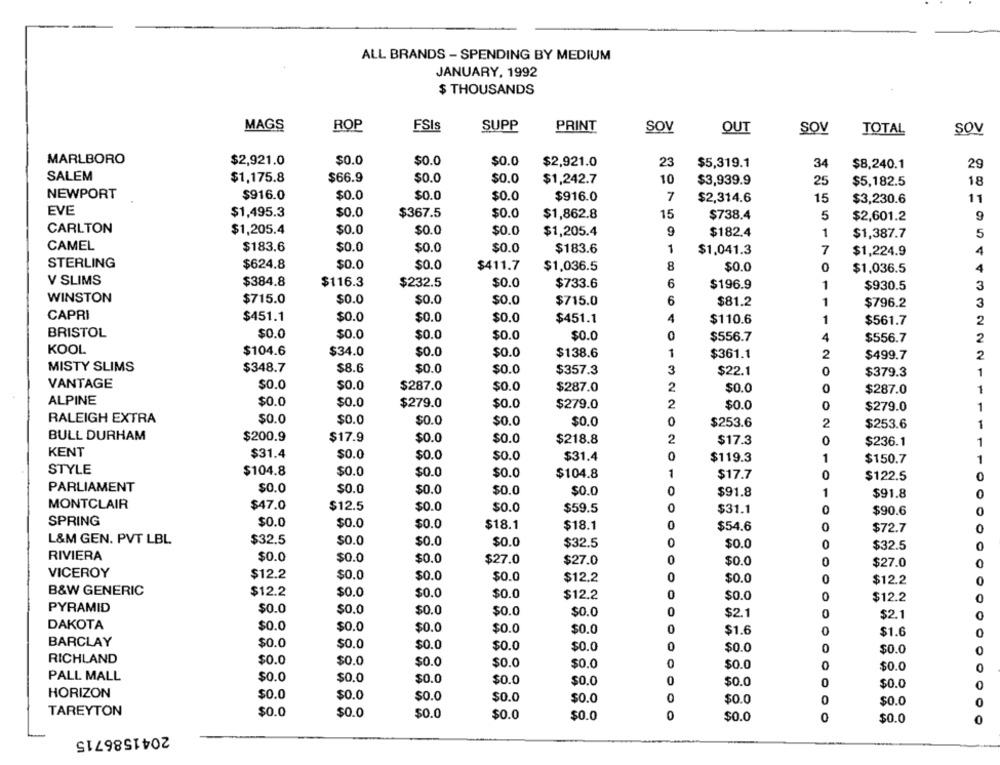
ALL BRANDS - SPENDING BY MEDIUM
JANUARY, 1992
$ THOUSANDS
MAGS
ROP
FSIs
SUPP
PRINT
SOV
OUT
SOV
TOTAL
SOV
MARLBORO
$0.0
$0.0
$2,921.0
$0.0
$2,921.0
23
$5,319.1
34
$8,240.1
29
SALEM
$1,175.8
$66.9
$0.0
$0.0
$1,242.7
10
$3,939.9
25
$5,182.5
18
NEWPORT
$916.0
$0.0
$0.0
$0.0
$916.0
7
$2,314.6
15
$3,230.6
11
EVE
$1,495.3
$0.0
$367.5
$0.0
15
$738.4
5
$1,862.8
$2,601.2
CARLTON
$1,205.4
$0.0
$0.0
$0.0
$1,205.4
9
$182.4
1
$1,387.7
5
CAMEL
$183.6
$0.0
$0.0
$0.0
$183.6
1
$1.041.3
7
$1,224.9
4
STERLING
$624.8
$0.0
$0.0
$411.7
$1,036.5
8
$0.0
0
$1,036.5
4
V SLIMS
$384.8
$116.3
$232.5
$0.0
6
$196.9
$733.6
1
$930.5
3
WINSTON
$715.0
$0.0
$0.0
$0.0
$715.0
6
$81.2
1
$796.2
3
CAPRI
$451.1
$0.0
$0.0
$0.0
$451.1
4
$110.6
1
$561.7
2
BRISTOL
$0.0
$0.0
$0.0
$0.0
$0.0
$556.7
4
$556.7
2
KOOL
$104.6
$34.0
$0.0
$0.0
$138.6
1
$361.1
2
$499.7
2
$8.6
MISTY SLIMS
$348.7
$0.0
$0.0
$357.3
3
$22.1
0
$379.3
1
VANTAGE
$0.0
$0.0
$287.0
$0.0
$287.0
2
$0.0
0
$287.0
1
ALPINE
$0.0
$0.0
$279.0
$0.0
$279.0
2
$0.0
0
$279.0
1
RALEIGH EXTRA
$0.0
$0.0
$0.0
$0.0
$0.0
0
$253.6
2
$253.6
1
BULL DURHAM
$200.9
$17.9
$0.0
$0.0
$218.8
2
$17.3
0
$236.1
1
KENT
$31.4
$0.0
$0.0
$0.0
$31.4
0
$119.3
1
$150.7
1
STYLE
$104.8
$0.0
$0.0
$0.0
$104.8
1
$17.7
0
$122.5
PARLIAMENT
$0.0
$0.0
$0.0
$0.0
$0.0
$91.8
1
$91.8
MONTCLAIR
$47.0
$12.5
$0.0
$0.0
$59.5
20100
$31.1
$90.6
SPRING
$0.0
$0.0
$0.0
$18.1
$18.1
0
$54.6
$72.7
L&M GEN. PVT LBL
$32.5
$0.0
$0.0
$0.0
$32.5
0
$0.0
0
$32.5
RIVIERA
$0.0
$0.0
$0.0
$27.0
$27.0
0
$0.0
$27.0
VICEROY
$12.2
$0.0
$0.0
$0.0
$12.2
$0.0
$12.2
B&W GENERIC
$12.2
$0.0
$0.0
$0.0
$12.2
$0.0
0
$12.2
PYRAMID
$0.0
$0.0
$0.0
$0.0
$0.0
$2.1
$2.1
DAKOTA
$0.0
$0.0
$0.0
0
$0.0
$0.0
$1.6
$1.6
BARCLAY
$0.0
$0.0
$0.0
$0.0
$0.0
$0.0
$0.0
RICHLAND
$0.0
$0.0
$0.0
$0.0
$0.0
$0.0
0
$0.0
PALL MALL
$0.0
$0.0
$0.0
$0.0
$0.0
0
$0.0
$0.0
HORIZON
$0.0
$0.0
$0.0
$0.0
$0.0
$0.0
0
$0.0
TAREYTON
$0.0
$0.0
$0.0
$0.0
$0.0
0
$0.0
0
$0.0
0
2041586715